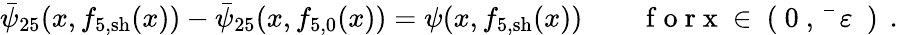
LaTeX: \bar{\psi}_{25}(x,f_{5,\mathrm{sh}}(x))-\bar{\psi}_{25}(x,{f}_{5,0}(x))=\psi(x,f_{5,\mathrm{sh}}(x))\qquad\mathrm{~f~o~r~x~\in~(~0~,~\bar{~}{~\varepsilon~}~)~}\, .